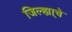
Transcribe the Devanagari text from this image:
जिल्ह्या्चे